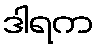
ဒါရက